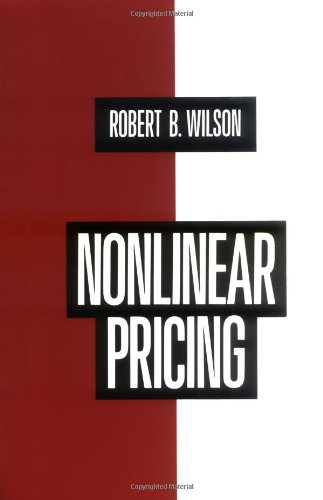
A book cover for Nonlinear Pricing: Published in association with the Electric Power Research Institute; Robert B. Wilson; Law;